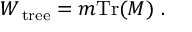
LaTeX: { \cal W } _ { \mathrm { \small ~ t r e e } } = m { \mathrm { T r } } ( M ) ~ .